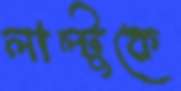
লাল্টুকে